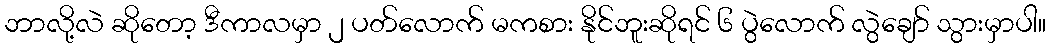
ဘာလို့လဲ ဆိုတော့ ဒီကာလမှာ ၂ ပတ်လောက် မကစား နိုင်ဘူးဆိုရင် ၆ ပွဲလောက် လွဲချော် သွားမှာပါ။